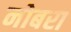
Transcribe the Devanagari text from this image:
नोबरा